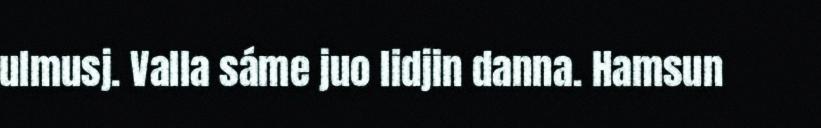
ulmusj. Valla sáme juo lidjin danna. Hamsun